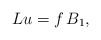
\begin{align*}L u=f \,B_1,\end{align*}